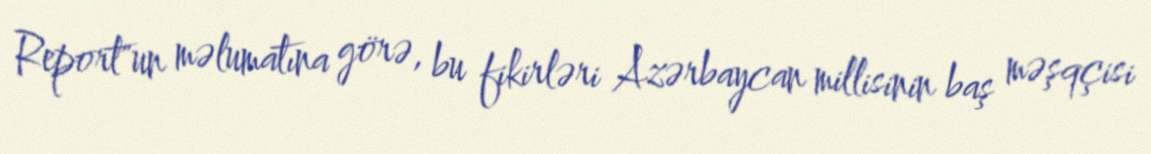
Report"un məlumatına görə, bu fikirləri Azərbaycan millisinin baş məşqçisi